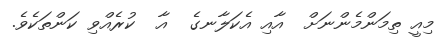
މިއީ ތިމަންމެންނަށް  އާއި އެކަލާނގެ  އާ  ކުރެއްވި ކަންތަކެވެ.